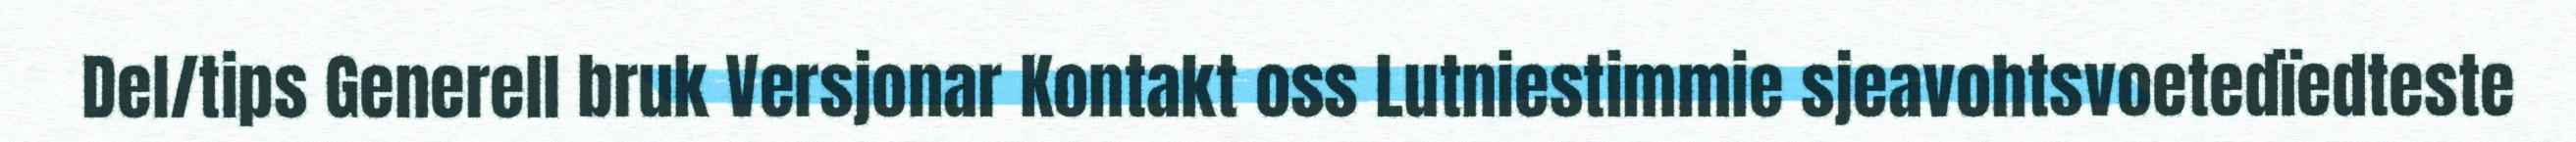
Del/tips Generell bruk Versjonar Kontakt oss Lutniestimmie sjeavohtsvoetedïedteste